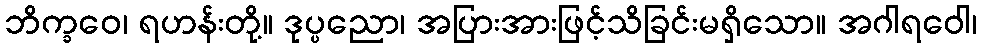
ဘိက္ခဝေ၊ ရဟန်းတို့။ ဒုပ္ပညော၊ အပြားအားဖြင့်သိခြင်းမရှိသော။ အဂါရဝေါ၊